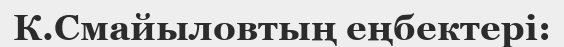
К.Смайыловтың еңбектері: